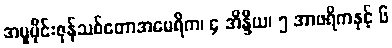
အပူပိုင်းဇုန်သစ်တောအမေရိက၊ ၄ အိန္ဒိယ၊ ၅ အာဖရိကနှင့် ၆